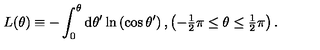
L ( \theta ) \equiv - \int _ { 0 } ^ { \theta } \mathrm { d } \theta ^ { \prime } \ln \left( \cos \theta ^ { \prime } \right) , \left( - { \textstyle { \frac { 1 } { 2 } } } \pi \leq \theta \leq { \textstyle { \frac { 1 } { 2 } } } \pi \right) .